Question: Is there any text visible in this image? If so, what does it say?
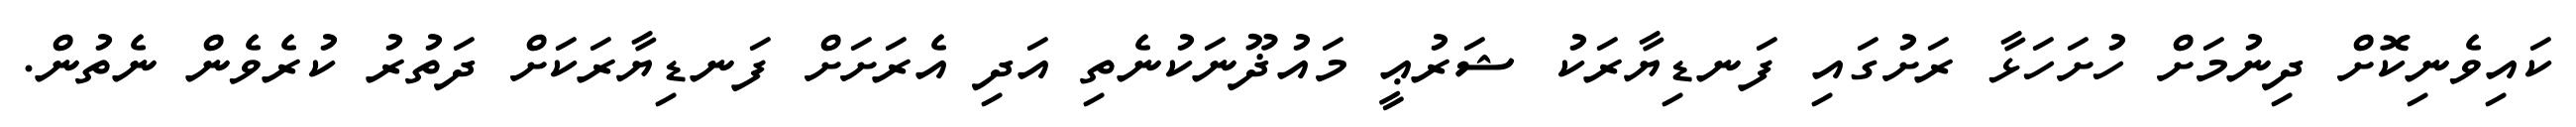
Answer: ކައިވެނިކޮށް ދިނުމަށް ހުށަހަޅާ ރަށުގައި ފަނޑިޔާރަކު ޝަރުޢީ މައުޛޫނަކުނެތި އަދި އެރަށަށް ފަނޑިޔާރަކަށް ދަތުރު ކުރެވެން ނެތުން.